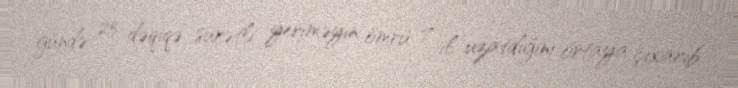
gündə 25 dəqiqə sürətli yeriməyin ömrü 7 il uzatdığını ortaya çıxarıb.